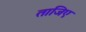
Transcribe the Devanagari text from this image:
ताजिए